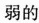
弱的